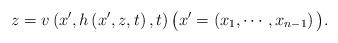
LaTeX: \begin{align*} z=v\left(x',h\left(x',z,t\right),t\right) \big(x'=\left(x_1,\cdots,x_{n-1}\right)\big).\end{align*}